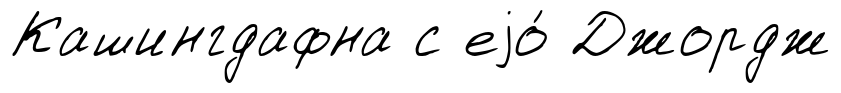
Кашингдафна с еjо́ Джордж